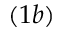
( 1 b )